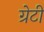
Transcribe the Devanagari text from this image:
ग्रेटी